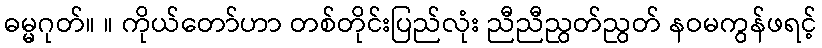
ဓမ္မဂုတ်။ ။ ကိုယ်တော်ဟာ တစ်တိုင်းပြည်လုံး ညီညီညွတ်ညွတ် နဝမကွန်ဖရင့်